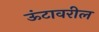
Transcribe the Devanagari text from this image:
ऊंटावरील